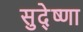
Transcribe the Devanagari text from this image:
सुदे्ष्णा